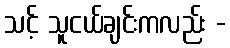
သင့် သူငယ်ချင်းကလည်း -